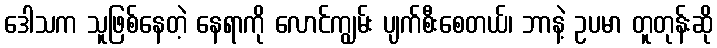
ဒေါသက သူဖြစ်နေတဲ့ နေရာကို လောင်ကျွမ်း ပျက်စီးစေတယ်၊ ဘာနဲ့ ဥပမာ တူတုန်းဆို